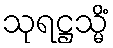
သုရဋ္ဌသ္မိံ